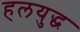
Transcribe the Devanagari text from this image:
हलयुद्ध